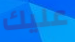
عليك